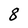
Character: 8